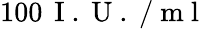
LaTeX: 100\, \mathrm{~I~.~U~.~}/\mathrm{~m~l~}